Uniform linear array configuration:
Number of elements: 8
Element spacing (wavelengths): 0.75
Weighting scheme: exponential
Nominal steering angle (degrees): -30
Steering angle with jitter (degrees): -28.407
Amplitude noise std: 0.05
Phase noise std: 0.05

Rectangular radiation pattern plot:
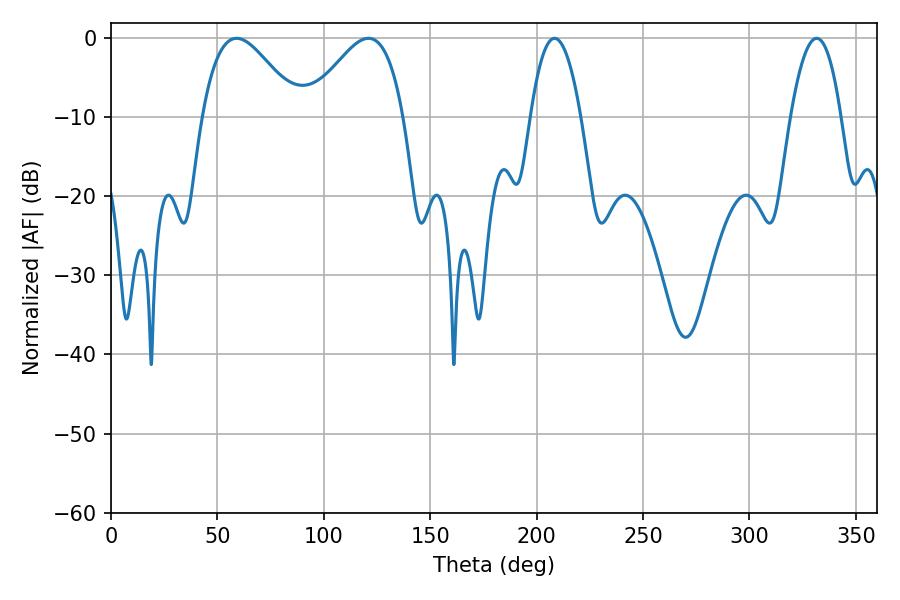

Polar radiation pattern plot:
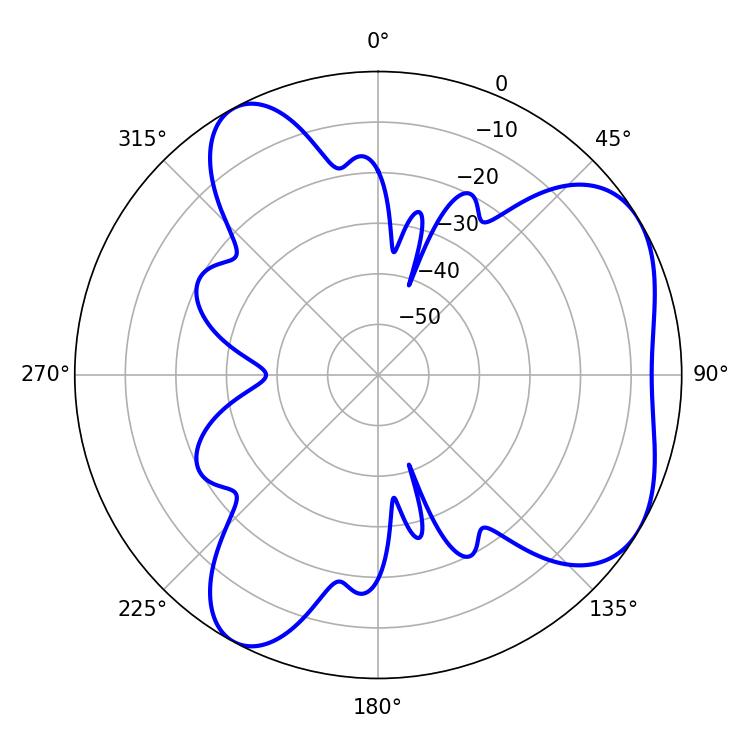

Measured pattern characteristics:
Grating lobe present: TRUE
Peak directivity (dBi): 5.31
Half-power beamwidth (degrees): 24.12
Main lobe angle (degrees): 59.04